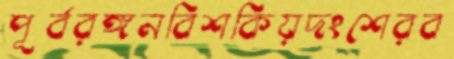
পূর্বরঙ্গনবিশকিয়দংশেরব